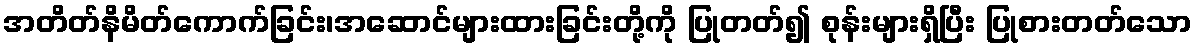
အတိတ်နိမိတ်ကောက်ခြင်း၊အဆောင်များထားခြင်းတို့ကို ပြုတတ်၍ စုန်းများရှိပြီး ပြုစားတတ်သော